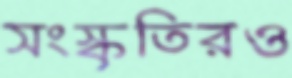
সংস্কৃতিরও